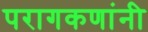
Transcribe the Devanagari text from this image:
परागकणांनी